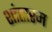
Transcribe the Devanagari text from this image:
शांतारम